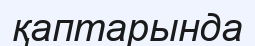
қаптарында